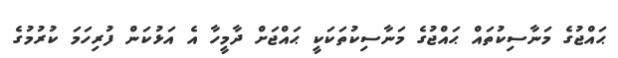
ޙައްޖުގެ މަނާސިކުތައް ޙައްޖުގެ މަނާސިކުތަކަކީ ޙައްޖަށް ދާމީހާ އެ އަޅުކަން ފުރިހަމަ ކުރުމުގެ